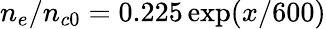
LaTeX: n_{e}/n_{c0}=0.225\exp(x/600)